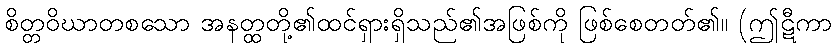
စိတ္တဝိဃာတစသော အနတ္ထတို့၏ထင်ရှားရှိသည်၏အဖြစ်ကို ဖြစ်စေတတ်၏။ (ဤဋီကာ